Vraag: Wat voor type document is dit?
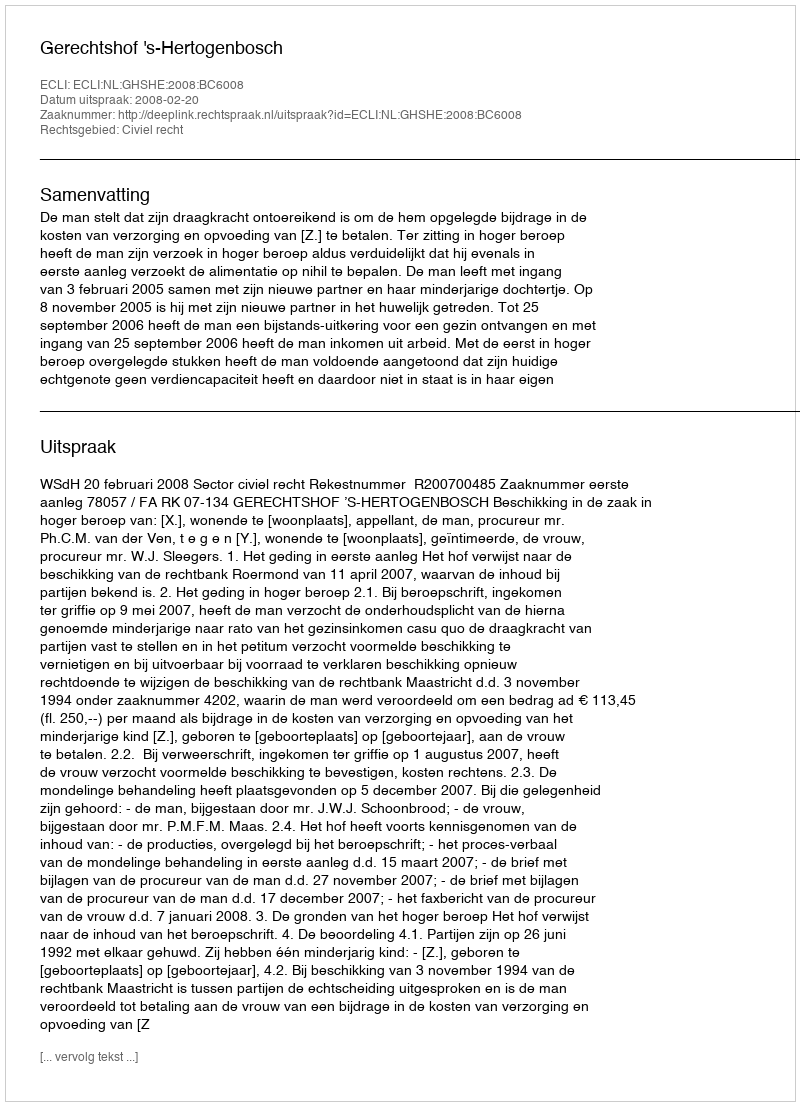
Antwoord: Uitspraak